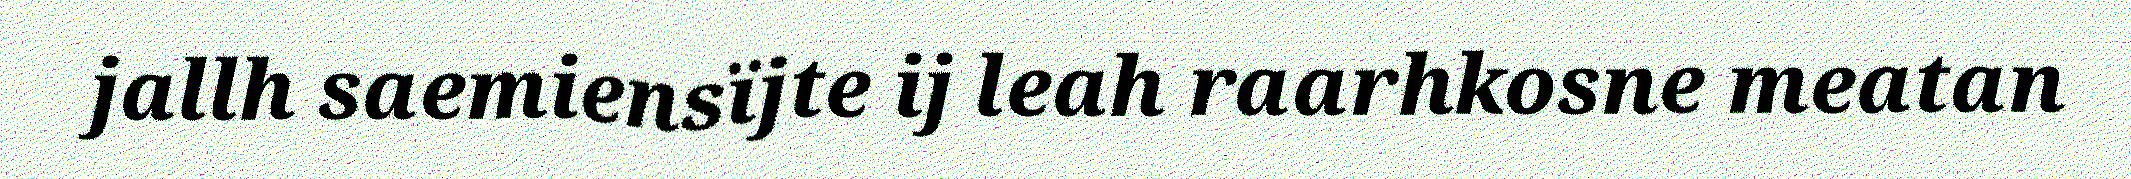
jallh saemiensïjte ij leah raarhkosne meatan